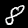
Digit: 8